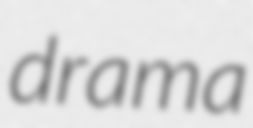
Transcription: drama